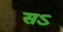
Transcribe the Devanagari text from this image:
सऽ